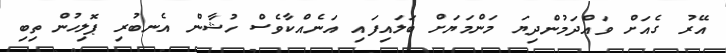
އޭރު ގެއަށް ވައްދަމުންދިޔަ މަންމަޔަށް ބަލައިފައި އަނެއްކާވެސް ހުޝާން އެނބުރި ޕޮލިހުން ތިބި